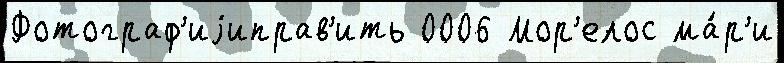
Фотограф'иjиправ'ить 0006 Мор'елос ма́р'и